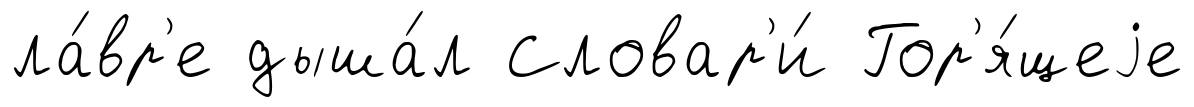
ла́вр'е дыша́л Словар'и́ Гор'я́щеjе